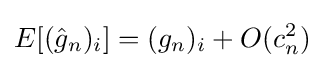
E[({\hat {g}}_{n})_{i}]=(g_{n})_{i}+O(c_{n}^{2})